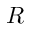
R